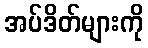
အပ်ဒိတ်များကို